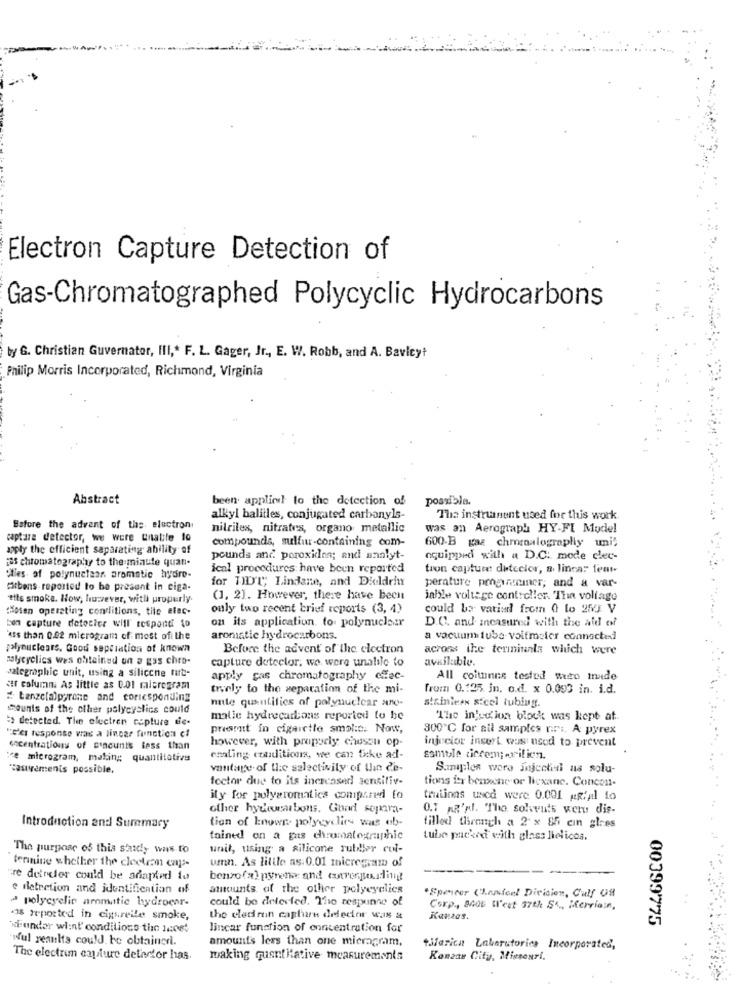
Electron Capture Detection of
Gas-Chromatographed Polycyclic Hydrocarbons
by G. Christian Guvernator, Ill ,* F. L. Gager, Jr ., E. W. Robb, and A. Bavleyt
Philip Morris Incorporated, Richmond, Virginia
Abstract
been applied! to the detection of
possible.
alkyl halitles, conjugated carbonyls-
The instrument used for this work.
Before the advent of the electron.
nitriles, nitrates, organo metallic
was an Aerograph HY-FI Mudel
captare detector, we were unable to
compounds, sulfur-containing com-
600-B gaz cheraxlograplly uni"
apply the efficient separating ability of
is chromatography to the minute quan-
pounds and poroxidInn; and analyt-
aquipped with a D.C: mode clec-
ical procedures have been reported
tion capture: detecler, a linca: feat
"Wies of polynuclear. aromatic hydro-
for TID"T"; Lindane, and Dieldrin
citbens reported to be present in ciga-
perature programmer; and a var-
eits smoke. How, however, with properly.
(1, 2]. However, there have been
jable voltage controller. "The voltage
"Hosen operating conditions, tite elec-
only two recent brief reports (3, 4)
could be vatied from 0 to 25 V
toen capture detector Will respond to
on its application. to polynuclear
D.C. and measured with the aid of
'Ass than 0.42 microgram of most of the
aromatic hydrocarbons.
a vacuum tube voltmeter connected
plynuclears. Good sepciation of known
Before the advent of the electron
across the terminals which were
salycyclics wes obtained on a gas chro-
capture detector, we were unalile to
available.
salegraphic unit, using a silicche furt-
apply gas chromatography chec-
All coltunns tested muito inade
set coluran. As little as 0.01 maleregram
tronly to the separation of the mi-
from 0.125 in. o.d. x 0.000 in. i.d.
= Lenze(a)pyrone and corresponding
nute quantities of polynuclear ano-
stainless steel tubing.
mounts of the other polycyslics could
=> detected. The electren capture tie-
malle hydrecartons reported to be
"The injection block was kept at
present in cigarette smoke. Now,
300℃ for sil samples nni. A pyrex
"d'es response was a linear function cf
however, with properly chuson op
injector incert was nsod to prevent
encentrations of sincunts less than
ce microgram, making quantitativa
emling conditions, we can ticke ad-
ssmule ciccem; Filicn.
"asivements possible.
vantage of the selectivity of Un de-
Samples were injectiedi na solu-
fector due to its increased sensitiv-
tions for beneche or licxane. Concon-
ity for polyaromatics compared fo
trutions used were 0.001 mgfail to
other hydeunabons. Good sopra-
0.1 AR'Al. The solvents weru dis-
tion of known polycyclin was ab-
Introduction and Suremary
filled theanch a 2 x 85 cin glres
tained on a gas chromatographic
tube packed with glass lhelicos.
The purpose of this shady was to
unit, using a silicone rubber col-
tennine whether the cloekran caps-
umn. As little as: 0.01 micregram of
re detreler could be adapted to
benzo(al pyrena and currenporling
e dletretion and identification of
amounts of the other polycyclics
.Spencer Chanteel Division, Gulf Of
polycyelie aromatic hydroenr-
could be detected. The respunne of
Corp ., 8400 Wl'est 37th SA ., Merriain,
48 reported in cigarette smoke,
the eledron capture defector was a
Kansas.
00399775
hunder wlist' conditions the Jnost
lincar function of concentration for
Wul results could, be obtainedi.
amounts less than one mieragram,
tifarica Laboratories Incorporated',
The electrim capture detector has.
making quantitative measurements
Konzan City, Missouri,